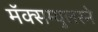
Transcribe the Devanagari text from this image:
मॅक्सम्युलरने